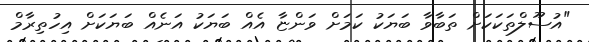
"އުސޫލްތަކަކަށް ތަބާވާ ބަޔަކު ކަމަށް ވަންޏާ އެއް ބަޔަކު އަނެއް ބަޔަކަށް އިހުތިރާމް